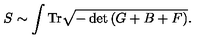
S \sim \int \mathrm { T r } \sqrt { - \det \left( G + B + F \right) } .